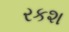
રકશ